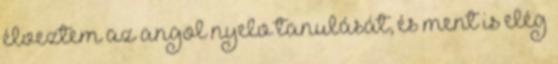
élveztem az angol nyelv tanulását, és ment is elég